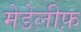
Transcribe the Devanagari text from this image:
मेडेलीफ़